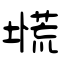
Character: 塃